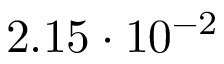
2 . 1 5 \cdot 1 0 ^ { - 2 }